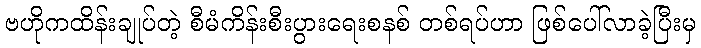
ဗဟိုကထိန်းချုပ်တဲ့ စီမံကိန်းစီးပွားရေးစနစ် တစ်ရပ်ဟာ ဖြစ်ပေါ်လာခဲ့ပြီးမှ